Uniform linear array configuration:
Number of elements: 12
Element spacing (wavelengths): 1
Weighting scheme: blackman
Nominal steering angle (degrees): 15
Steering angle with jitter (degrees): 16.001
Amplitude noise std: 0.05
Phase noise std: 0.05

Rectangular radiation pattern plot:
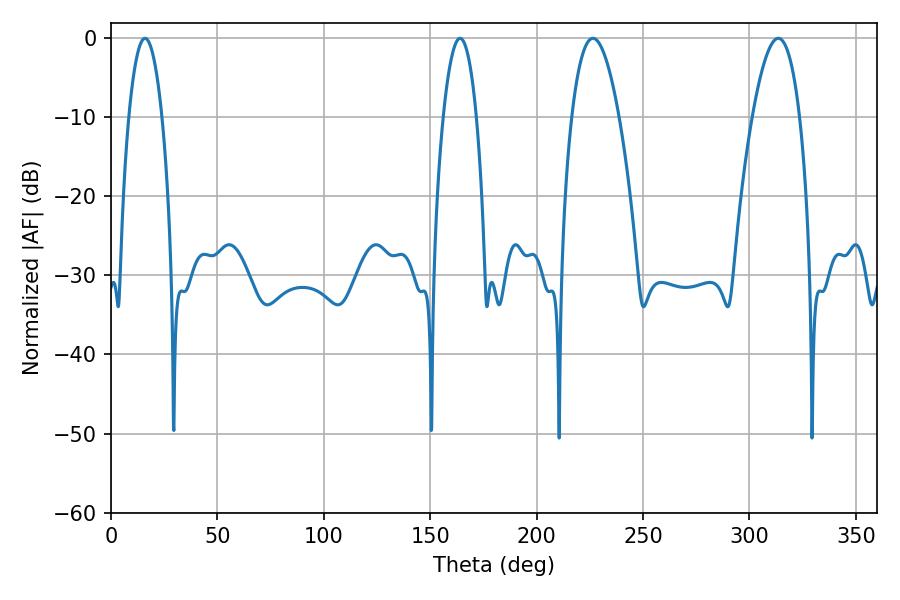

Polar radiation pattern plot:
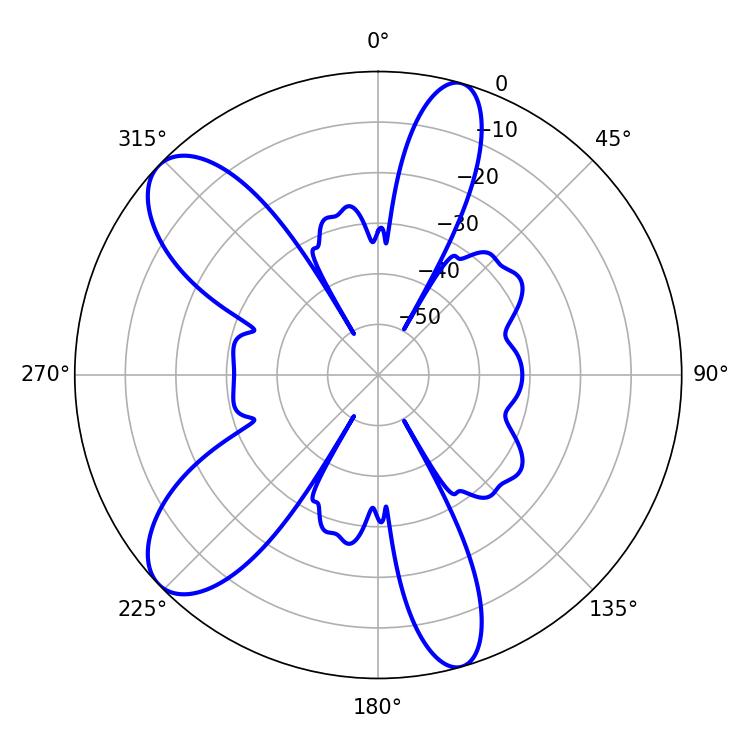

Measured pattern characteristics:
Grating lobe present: TRUE
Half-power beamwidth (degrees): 12.24
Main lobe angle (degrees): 226.44